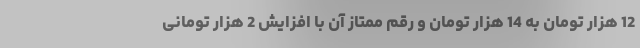
12 هزار تومان به 14 هزار تومان و رقم ممتاز آن با افزایش 2 هزار تومانی